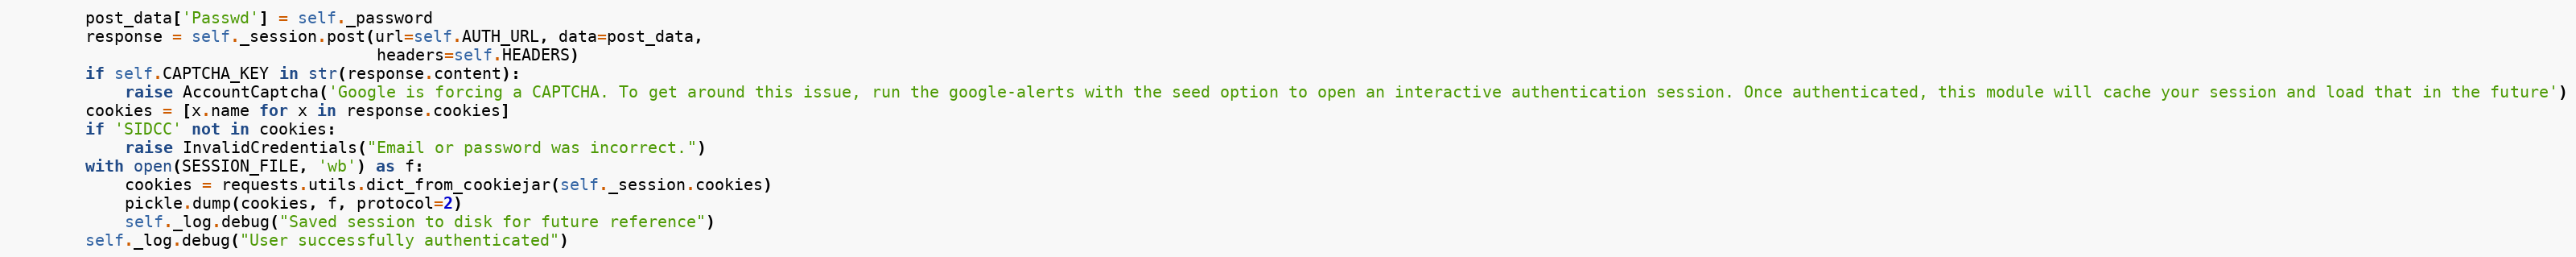
Language: Python
        post_data['Passwd'] = self._password
        response = self._session.post(url=self.AUTH_URL, data=post_data,
                                      headers=self.HEADERS)
        if self.CAPTCHA_KEY in str(response.content):
            raise AccountCaptcha('Google is forcing a CAPTCHA. To get around this issue, run the google-alerts with the seed option to open an interactive authentication session. Once authenticated, this module will cache your session and load that in the future')
        cookies = [x.name for x in response.cookies]
        if 'SIDCC' not in cookies:
            raise InvalidCredentials("Email or password was incorrect.")
        with open(SESSION_FILE, 'wb') as f:
            cookies = requests.utils.dict_from_cookiejar(self._session.cookies)
            pickle.dump(cookies, f, protocol=2)
            self._log.debug("Saved session to disk for future reference")
        self._log.debug("User successfully authenticated")